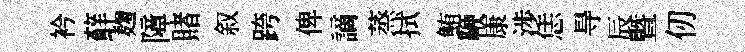
衿蘚麹障賭叙跨俾謫蒸拭鮪鞭康渉恁㝵辰暨仞